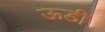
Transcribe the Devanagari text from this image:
ऊडी